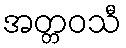
အတ္တဝသီ